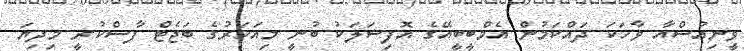
ވީނިއުސްއާ ވާހަކަ ދައްކަމުން އެމްބީބީއޭގެ އޮފިޝަލަކު ބުނީ މިއަހަރުގެ ބަޖެޓް ފާސްކުރީ މިދިޔަ